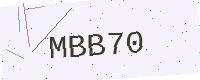
Text: MBB70